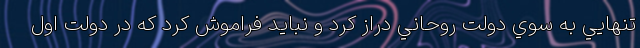
تنهايي به سوي دولت روحاني دراز كرد و نبايد فراموش كرد كه در دولت اول